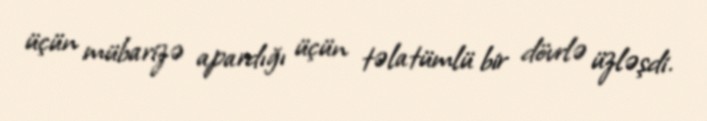
üçün mübarizə apardığı üçün təlatümlü bir dövrlə üzləşdi.